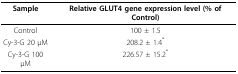
<table><thead><tr><td><b>Sample</b></td><td><b>Relative GLUT4 gene expression level (% of Control)</b></td></tr></thead><tbody><tr><td>Control</td><td>100 ± 1.5</td></tr><tr><td>Cy-3-G 20 μM</td><td>208.2 ± 1.4<sup>*</sup></td></tr><tr><td>Cy-3-G 100 μM</td><td>226.57 ± 15.2<sup>*</sup></td></tr></tbody></table>